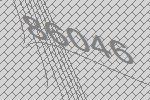
86046